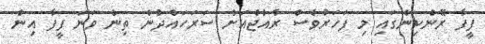
ފީފާ ރޭންކިންގައި މި ފަހަރުވެސް ރާއްޖެއަށް ސަރަހައްދުން ތިން ވަނަ ފީފާ އިން